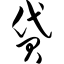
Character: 贷